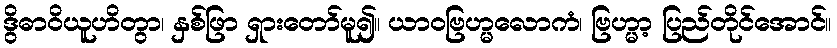
ဒွိဓာဝိယူဟိတွာ၊ နှစ်ဖြာ ရှားတော်မူ၍။ ယာဝဗြဟ္မလောကံ၊ ဗြဟ္မာ့ ပြည်တိုင်အောင်။